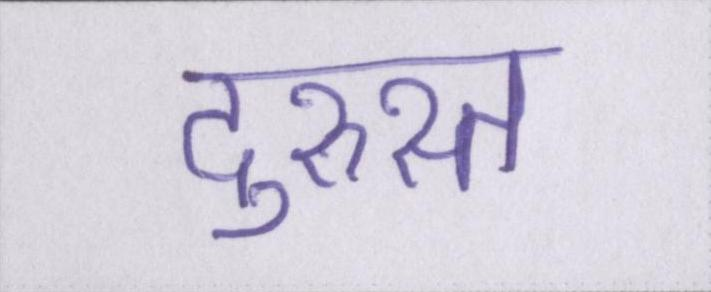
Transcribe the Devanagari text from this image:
दुरुस्त